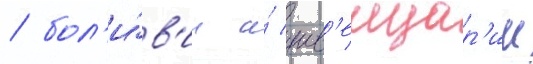
/ бол'и́в'ии и́ шв'еицар'ии